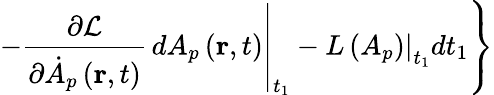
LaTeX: \left.-\left.\frac{\partial\mathcal{L}}{\partial\dot{A}_{p}\left(\mathbf{r},t\right)}\, dA_{p}\left(\mathbf{r},t\right)\right|_{t_{1}}-\left.L\left(A_{p}\right)\right|_{t_{1}}dt_{1}\right\}